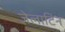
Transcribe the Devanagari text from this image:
जेलाटिन